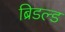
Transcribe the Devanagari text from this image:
ब्रिडल्ड